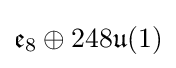
{\mathfrak {e}}_{8}\oplus 248{\mathfrak {u}}(1)